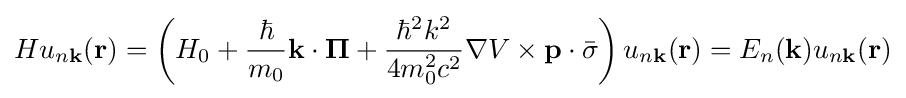
Hu_{n\mathbf {k} }(\mathbf {r} )=\left(H_{0}+{\frac {\hbar }{m_{0}}}\mathbf {k} \cdot \mathbf {\Pi } +{\frac {\hbar ^{2}k^{2}}{4m_{0}^{2}c^{2}}}\nabla V\times \mathbf {p} \cdot {\bar {\sigma }}\right)u_{n\mathbf {k} }(\mathbf {r} )=E_{n}(\mathbf {k} )u_{n\mathbf {k} }(\mathbf {r} )